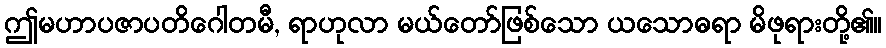
ဤမဟာပဇာပတိဂေါတမီ, ရာဟုလာ မယ်တော်ဖြစ်သော ယသောဓရာ မိဖုရားတို့၏။